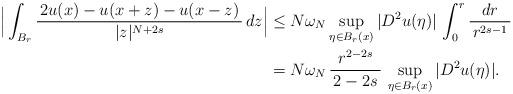
LaTeX: \begin{align*}\Big|\int_{B_r}\frac{\, 2u(x)-u(x+z)-u(x-z) \,}{|z|^{N+2s}}\,dz\Big| &\le N \omega_N\sup_{\eta\in B_r(x)}|D^2 u(\eta)|\,\int_0^r \frac{dr}{\, r^{2s - 1} \,} \\&= N \omega_N\,\frac{\, r^{2 - 2s} \,}{\, 2 - 2s \,}\,\sup_{\eta\in B_r(x)}|D^2 u(\eta)|.\end{align*}